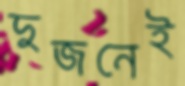
দুজনেই